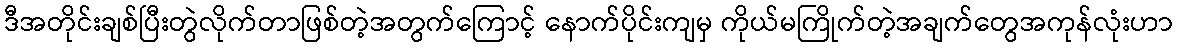
ဒီအတိုင်းချစ်ပြီးတွဲလိုက်တာဖြစ်တဲ့အတွက်ကြောင့် နောက်ပိုင်းကျမှ ကိုယ်မကြိုက်တဲ့အချက်တွေအကုန်လုံးဟာ